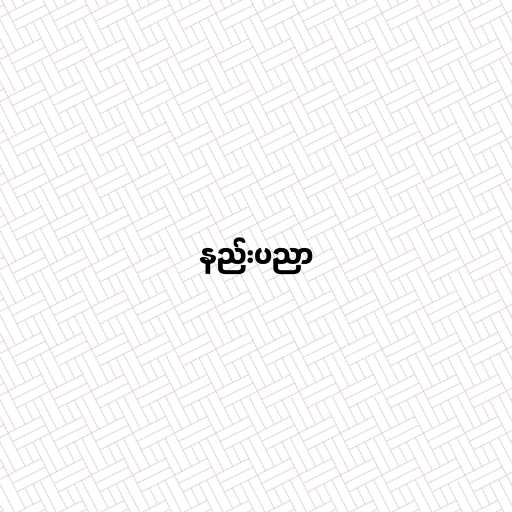
နည်းပညာ